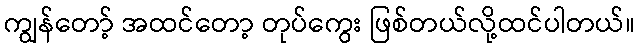
ကျွန်တော့် အထင်တော့ တုပ်ကွေး ဖြစ်တယ်လို့ထင်ပါတယ်။